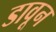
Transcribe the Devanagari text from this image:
डावून